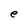
Character: e